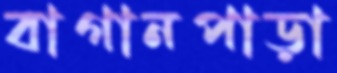
বাগানপাড়া